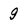
Character: 9